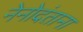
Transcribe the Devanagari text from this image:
नेनोदंताना